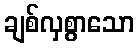
ချစ်လှစွာသော